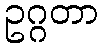
ဥဂ္ဂတာ